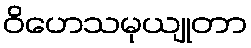
ဝိဟေသမုယျုတာ